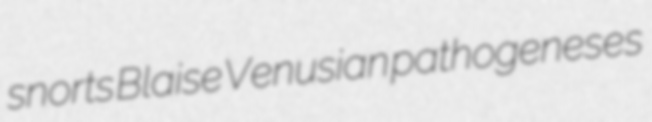
snorts Blaise Venusian pathogeneses